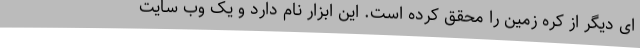
ای دیگر از کره زمین را محقق کرده است. این ابزار نام دارد و یک وب سایت